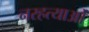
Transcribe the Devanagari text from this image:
नरहत्याओं